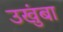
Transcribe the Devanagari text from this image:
उखुंबा